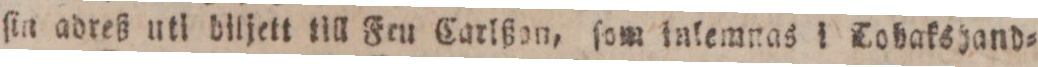
ſin adreß utl diljett till Fen Carlßon, ſom inkemnas i Tobakshand=